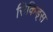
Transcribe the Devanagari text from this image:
सिकिड्स